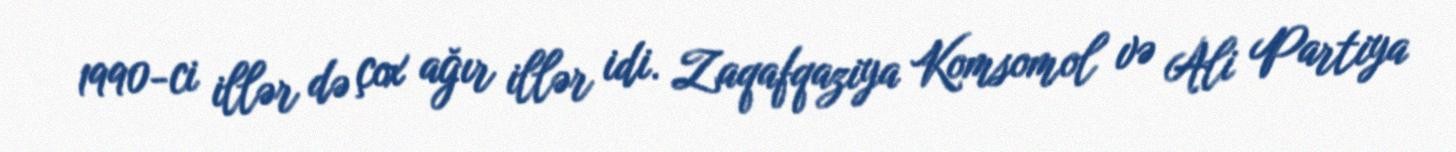
1990-ci illər də çox ağır illər idi. Zaqafqaziya Komsomol və Ali Partiya